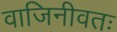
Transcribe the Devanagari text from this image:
वाजिनीवतः